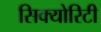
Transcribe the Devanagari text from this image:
सिक्‍योरिटी